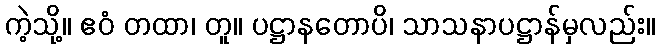
ကဲ့သို့။ ဧဝံ တထာ၊ တူ။ ပဋ္ဌာနတောပိ၊ သာသနာပဋ္ဌာန်မှလည်း။